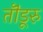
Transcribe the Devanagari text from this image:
तॊंडूरु